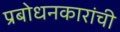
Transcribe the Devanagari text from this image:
प्रबोधनकारांची